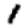
Digit: 1